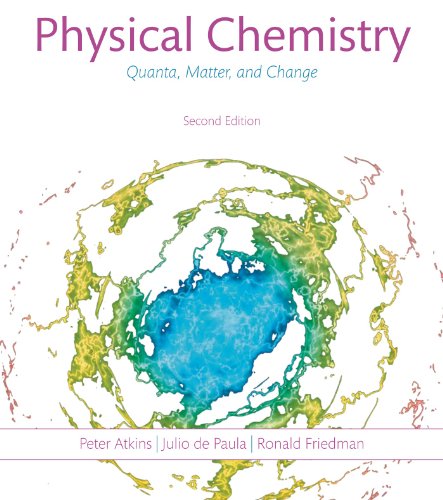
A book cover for Physical Chemistry: Quanta, Matter, and Change; Peter Atkins; Science & Math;